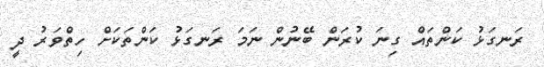
ރަނގަޅު ކަންތައް ގިނަ ކުރަން ބޭނުން ނަމަ ރަނގަޅު ކަންތަކަށް ހިތްވަރު ދީ